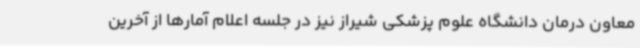
معاون درمان دانشگاه علوم پزشکی شیراز نیز در جلسه اعلام آمارها از آخرین